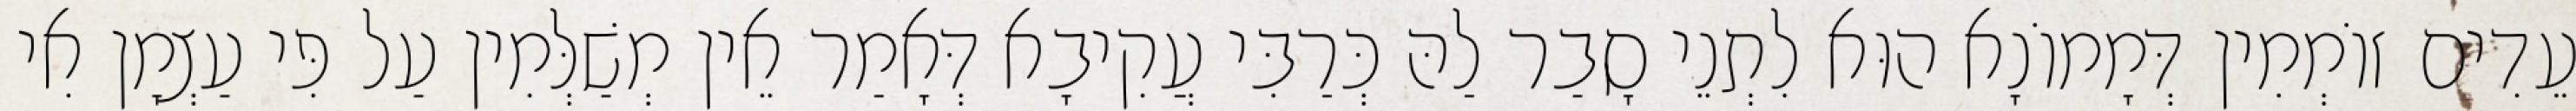
עֵדִים זוֹמְמִין דְּמָמוֹנָא הוּא לִתְנֵי סָבַר לַהּ כְּרַבִּי עֲקִיבָא דְּאָמַר אֵין מְשַׁלְּמִין עַל פִּי עַצְמָן אִי